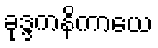
ခုဒ္ဒကနိကာယေ